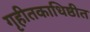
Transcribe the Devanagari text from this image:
गृहीतकाधिष्ठीत